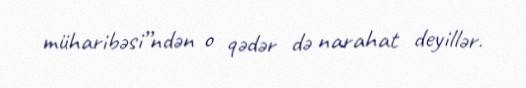
müharibəsi”ndən o qədər də narahat deyillər.